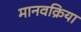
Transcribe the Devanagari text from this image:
मानवक्रिया